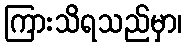
ကြားသိရသည်မှာ၊